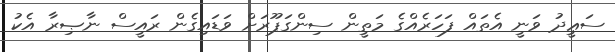
ސަޢީދު ވަނީ އެތައް ފަހަރެއްގެ މަތީން ސިންގަޕޫރަށް ވަޑައިގެން ރައީސް ނާޞިރާ އެކު